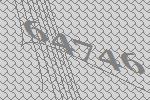
64746